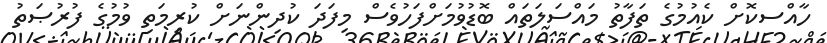
ހާއްސކޮށް ކެއުމުގެ ތަފާތު މައްސަލަތައް ބޮޑުވުމަށްފަހުވެސް މިފަދަ ކުދިންނަށް ކުރިމަތި ވުމުގެ ފުރުޞަތު